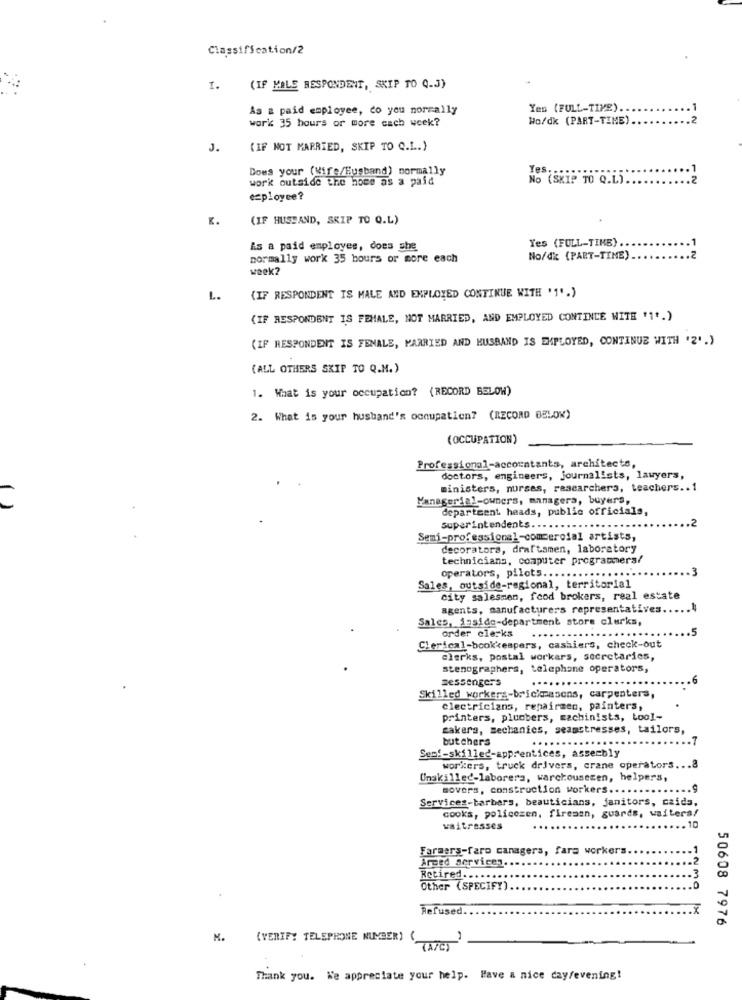
Classification/2
1.
(IF MALE RESPONDENT, SKIP TO Q.J)
As a paid employee, co you normally
Yes (FULL-TIME).
work 35 hours or more cach week?
Wo/dk (PART-TIME).
.2
J.
(IF NOT MARRIED, SKIP TO Q.L.)
Does your (wife/Husband) normally
Yes.
work outside the hoes as a paid
No (SKIP TO Q.L).
employee?
K.
(IF HUSBAND, SKIP TO Q.L)
Yes (FULL-TIME) ..
Es a paid employee, does she
normally work 35 hours or more each
No/dx (PART-TIME)
week?
L.
(IF RESPONDENT IS MALE AND EMPLOYED CONTINUE WITH '1'.)
{IF RESPONDENT IS FEMALE, NOT MARRIED, AND EMPLOYED CONTINUE WITH '1'.)
(IF RESPONDENT IS FENALE, MARRIED AND HUSBAND IS EMPLOYED, CONTINUE WITH '2'.)
(ALL OTHERS SKIP TO Q.M.)
1. What is your occupation? (RECORD BELOW)
2. What is your husband's occupation? (RECORD BELOW)
(OCCUPATION)
Professional-accountants, architects,
doctors, engineers, journalists, lawyers,
ministers, nurses, researchers, teachers .. 1
Managerial-owners, managers, buyers,
( )
department heads, public officials,
.2
superintendents ...
Semi-professional-commercial artists,
decorators, draftamen, laboratory
technicians, computer programmera/
Operators, pilots ...
Sales, outside-regional, territorial
city salesmen, food brokers, real estate
agents, manufacturers representatives ....
Salco, Esido-department store clerks,
order clerks
...
Clerical-bookkempers, cashiers, check-out
clerks, postal workers, secretaries,
stenographers, telephone operators,
messengers
Skilled workers-brickmasons, carpenters,
electricians, repairmen, painters,
printers, plumbers, machinists, tool-
sakera, mechanics, seamstresses, tailors,
butchers
....
Sen !- skilled-apprentices, assembly
workers, truck drivers, crane operators ... 8
Unskilled-laborers, warehousecen, helpers,
movers, construction workers ...
Services-barbers, beauticians, janitors, caida,
cooks, policezen, firemen, guards, waiters/
waitresses
.10
Farmers-faro canagers, fara workers.
Arded services ...
Retired. .......
Other (SPECIFY).
Refused
50608 7976
(VERIFY TELEPHONE NUMBER) (
Thank you. We appreciate your help. Have a nice day/evening!